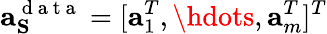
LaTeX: \mathbf{a}_{\mathbf{S}}^{\mathrm{~d~a~t~a~}}=[\mathbf{a}_{1}^{T},\hdots,\mathbf{a}_{m}^{T}]^{T}